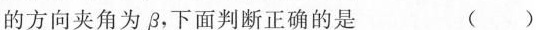
的方向夹角为β，下面判断正确的是 ( )